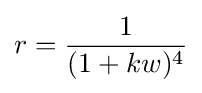
r={\frac {1}{(1+kw)^{4}}}